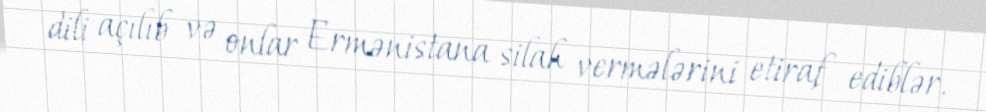
dili açılıb və onlar Ermənistana silah vermələrini etiraf ediblər.